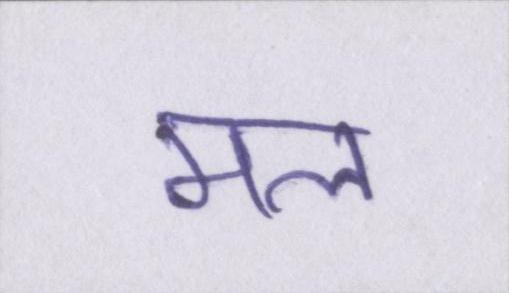
मल